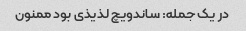
در یک جمله: ساندویچ لذیذی بود ممنون